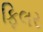
ફિલર